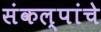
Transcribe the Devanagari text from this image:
संकल्पांचे